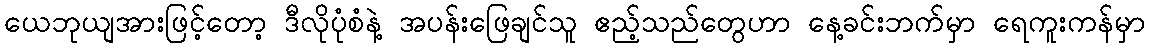
ယေဘုယျအားဖြင့်တော့ ဒီလိုပုံစံနဲ့ အပန်းဖြေချင်သူ ဧည့်သည်တွေဟာ နေ့ခင်းဘက်မှာ ရေကူးကန်မှာ